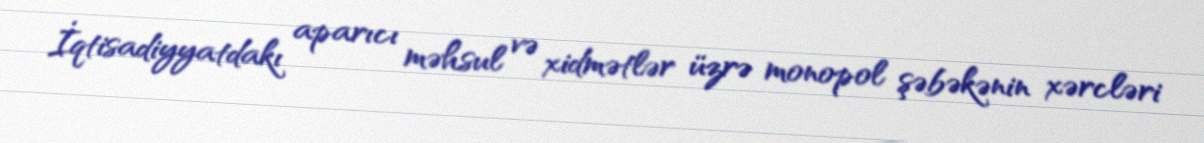
İqtisadiyyatdakı aparıcı məhsul və xidmətlər üzrə monopol şəbəkənin xərcləri